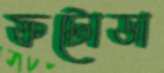
ফটোডা